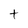
Character: t